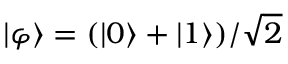
| \varphi \rangle = ( | 0 \rangle + | 1 \rangle ) / { \sqrt { 2 } }